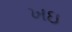
ખઇ